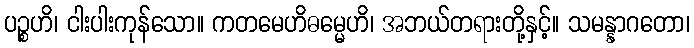
ပဉ္စဟိ၊ ငါးပါးကုန်သော။ ကတမေဟိဓမ္မေဟိ၊ အဘယ်တရားတို့နှင့်။ သမန္နာဂတော၊